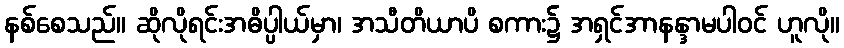
နစ်စေသည်။ ဆိုလိုရင်းအဓိပ္ပါယ်မှာ၊ အသီတိယာပိ စကား၌ အရှင်အာနန္ဒာမပါဝင် ဟူလို။